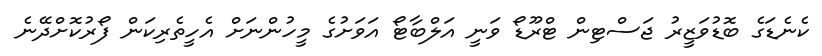
ކެނެޑަގެ ބޮޑުވަޒީރު ޖަސްޓިން ޓްރޫޑޯ ވަނީ އަލްބާޓޯ އަވަށުގެ މީހުންނަށް އެހީތެރިކަން ފޯރުކޮށްދޭނެ